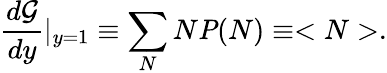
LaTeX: \frac{d{\cal G}}{dy}|_{y=1}\equiv\sum_{N}N{\mathit P(N)}\equiv<N>.